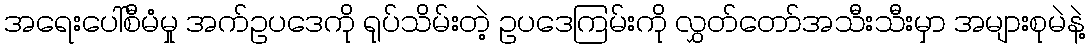
အရေးပေါ်စီမံမှု အက်ဥပဒေကို ရုပ်သိမ်းတဲ့ ဥပဒေကြမ်းကို လွှတ်တော်အသီးသီးမှာ အများစုမဲနဲ့